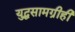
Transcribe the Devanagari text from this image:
युद्धसामग्रीही